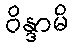
ဝိန္ဒာမိ